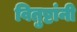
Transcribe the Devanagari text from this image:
वितुष्टांनी